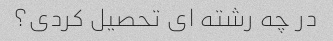
در چه رشته ای تحصیل کردی؟